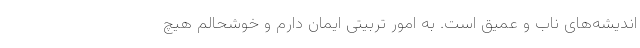
اندیشه‌های ناب و عمیق است. به امور تربیتی ایمان دارم و خوشحالم هیچ